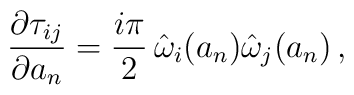
{\partial \tau_{ij} \over \partial a_n} = { i \pi \over 2 } \,\hat\omega_i(a_n) \hat\omega_j(a_n) \, ,